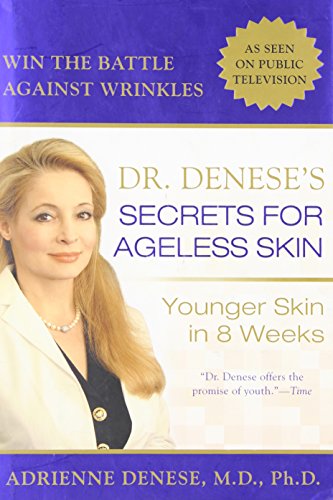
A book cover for Dr. Denese's Secrets for Ageless Skin: Younger Skin in 8 Weeks; Adrienne Denese. M.D.  Ph.d; Health, Fitness & Dieting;